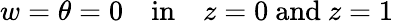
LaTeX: w=\theta=0\quad\textrm{in}\quad z=0\ \textrm{and}\ z=1